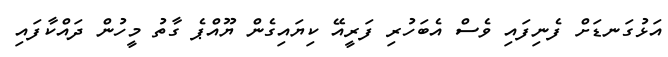
އަޅުގަނޑަށް ފެނިފައި ވެސް އެބަހުރި ފަރީއޭ ކިޔައިގެން ޔޫއްޕެ ގާތު މީހުން ދައްކާފައި